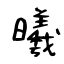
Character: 曦